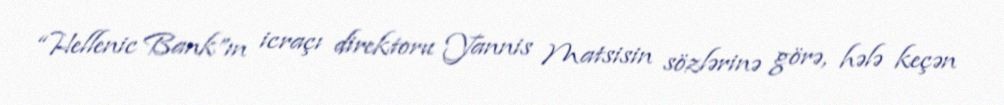
“Hellenic Bank”ın icraçı direktoru Yannis Matsisin sözlərinə görə, hələ keçən